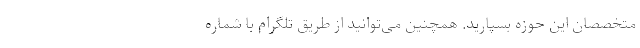
متخصصان این حوزه بسپارید. همچنین می‌توانید از طریق تلگرام با شماره